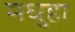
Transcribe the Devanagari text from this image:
मधुहा